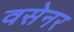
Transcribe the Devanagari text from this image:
वसेनर